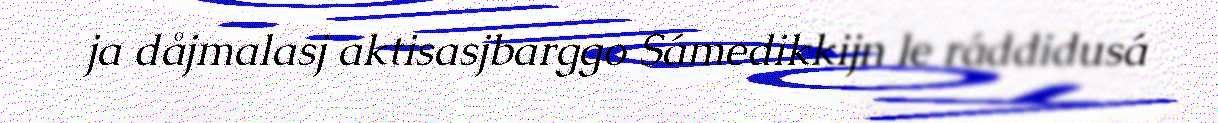
ja dåjmalasj aktisasjbarggo Sámedikkijn le ráddidusá